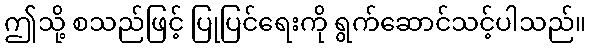
ဤသို့ စသည်ဖြင့် ပြုပြင်ရေးကို ရွက်ဆောင်သင့်ပါသည်။